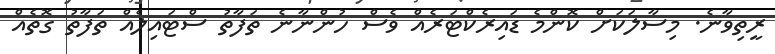
ރީތިވާނެ. މިސާލަކަށް ކޮންމެ ޑައިރެކްޓަރެއް ވެސް ހުންނާނެ ތަފާތު ސްޓައިލެއް ތަފާތު ގޮތެއް